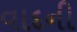
વાદની